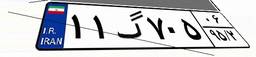
۱۱گ۷۰۵۰۶